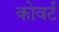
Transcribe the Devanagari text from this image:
कोवर्ट